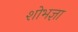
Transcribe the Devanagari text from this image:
शोभज्ञा